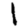
Digit: 1